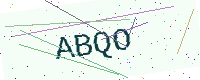
Text: ABQO